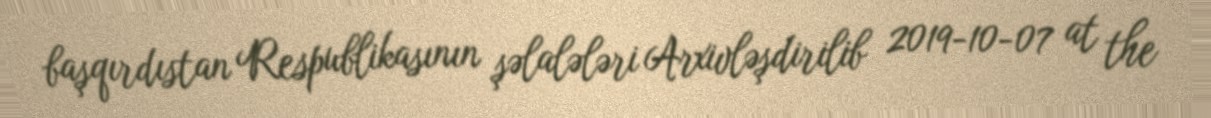
başqırdıstan Respublikasının şəlalələri Arxivləşdirilib 2019-10-07 at the